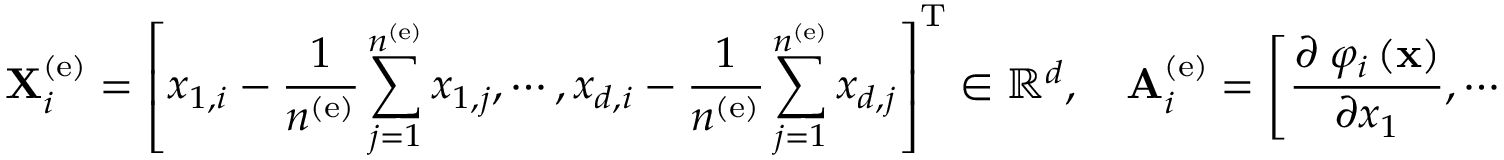
{ \bf X } _ { i } ^ { \left( \mathrm { e } \right) } = \left[ x _ { 1 , i } - \frac { 1 } { n ^ { \left( \mathrm { e } \right) } } \sum _ { j = 1 } ^ { n ^ { \left( \mathrm { e } \right) } } x _ { 1 , j } , \cdots , x _ { d , i } - \frac { 1 } { n ^ { \left( \mathrm { e } \right) } } \sum _ { j = 1 } ^ { n ^ { \left( \mathrm { e } \right) } } x _ { d , j } \right] ^ { \mathrm { T } } \in \mathbb { R } ^ { d } , \quad { \bf A } _ { i } ^ { \left( \mathrm { e } \right) } = \left[ { \frac { { \partial { \bf \Pi } { \varphi _ { i } } \left( { \bf { x } } \right) } } { { \partial x _ { 1 } } } } , \cdots , { \frac { { \partial { \bf \Pi } { \varphi _ { i } } \left( { \bf { x } } \right) } } { { \partial x _ { d } } } } \right] ^ { \mathrm { T } } \in \mathbb { R } ^ { d } .